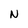
Character: N